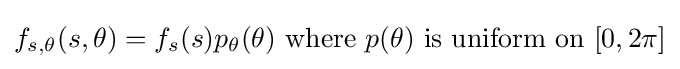
f_{s,\theta }(s,\theta )=f_{s}(s)p_{\theta }(\theta ){\text{ where }}p(\theta ){\text{ is uniform on }}[0,2\pi ]